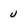
Character: U